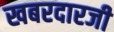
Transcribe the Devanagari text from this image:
खबरदारजी